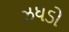
ઝધડો